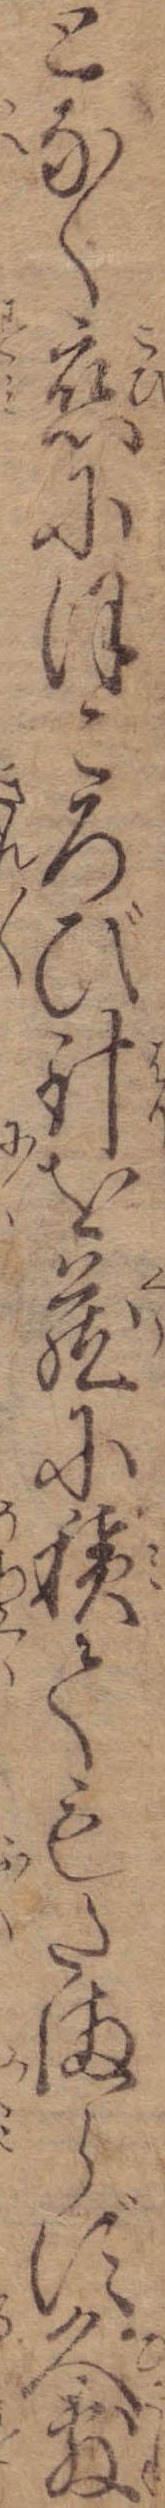
となく恋にほころび針を蔵に積てもたまらず久敷